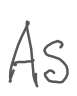
Text: As
Cross-out: clean
Writing tool: digital_gray